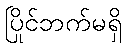
ပြိုင်ဘက်မရှိ